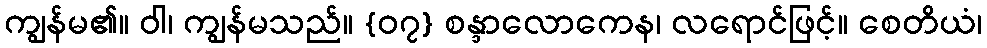
ကျွန်မ၏။ ဝါ၊ ကျွန်မသည်။ {၀၇} စန္ဒာလောကေန၊ လရောင်ဖြင့်။ စေတိယံ၊